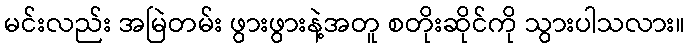
မင်းလည်း အမြဲတမ်း ဖွားဖွားနဲ့အတူ စတိုးဆိုင်ကို သွားပါသလား။